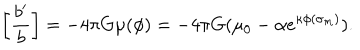
\left[ { \frac { b ^ { \prime } } { b } } \right] = - 4 \pi G \mu ( \phi ) = - 4 \pi G ( \mu _ { 0 } - \alpha e ^ { \kappa \phi ( \sigma _ { m } ) } ) .